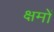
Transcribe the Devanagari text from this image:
क्षमों